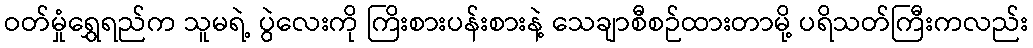
ဝတ်မှုံရွှေရည်က သူမရဲ့ ပွဲလေးကို ကြိးစားပန်းစားနဲ့ သေချာစီစဉ်ထားတာမို့ ပရိသတ်ကြီးကလည်း